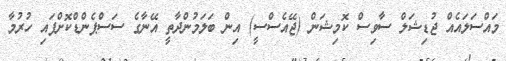
މައްސަލައެއް ޖުޑިޝަލް ސާވިސް ކޮމިޝަން (ޖޭއެސްސީ) އިން ބަލަމުންދާތީ އޭނާގެ ސަސްޕެންޑްކޮށްފައި ހުރުމާ